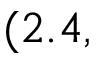
( 2 . 4 ,